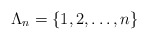
\begin{align*}\Lambda_{n}=\{1,2,\ldots,n\}\end{align*}